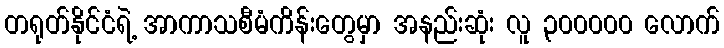
တရုတ်နိုင်ငံရဲ့ အာကာသစီမံကိန်းတွေမှာ အနည်းဆုံး လူ ၃၀၀၀၀၀ လောက်